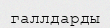
галлдарды